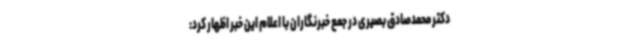
دکتر محمدصادق بصیری در جمع خبرنگاران با اعلام این خبر اظهار کرد: